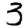
Digit: 3